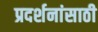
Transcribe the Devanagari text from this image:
प्रदर्शनांसाठी